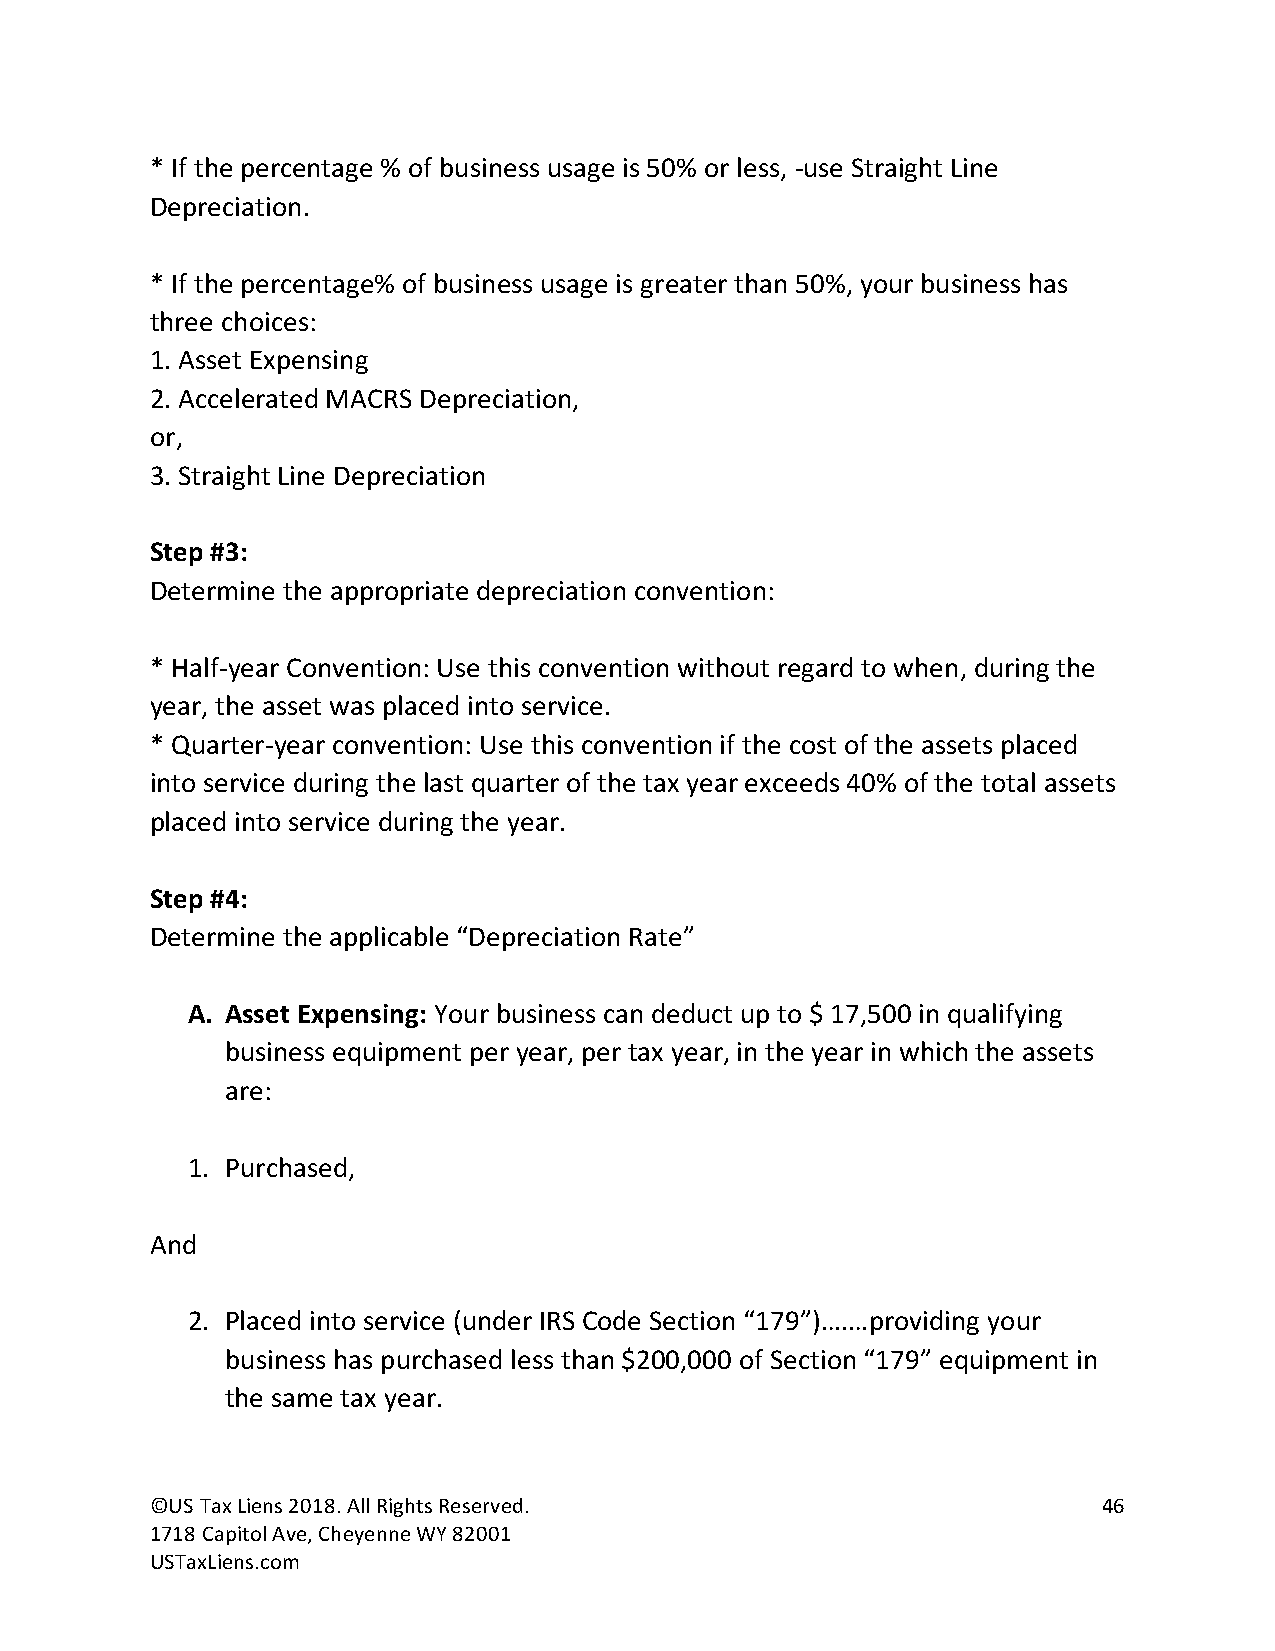
* If the percentage % of business usage is 50% or less, -use Straight Line
 Depreciation.
 * If the percentage% of business usage is greater than 50%, your business has
 three choices:
 1. Asset Expensing
 2. Accelerated MACRS Depreciation,
 or,
 3. Straight Line Depreciation
 Step #3:
 Determine the appropriate depreciation convention:
 * Half-year Convention: Use this convention without regard to when, during the
 year, the asset was placed into service.
 * Quarter-year convention: Use this convention if the cost of the assets placed
 into service during the last quarter of the tax year exceeds 40% of the total assets
 placed into service during the year.
 Step #4:
 Determine the applicable “Depreciation Rate”
 A. Asset Expensing: Your business can deduct up to $ 17,500 in qualifying
 business equipment per year, per tax year, in the year in which the assets
 are:
 1. Purchased,
 And
 2. Placed into service (under IRS Code Section “179”)….…providing your
 business has purchased less than $200,000 of Section “179” equipment in
 the same tax year.
 ©US Tax Liens 2018. All Rights Reserved.                       46
 1718 Capitol Ave, Cheyenne WY 82001
 USTaxLiens.com